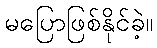
မပြောဖြစ်နိုင်ခဲ့။